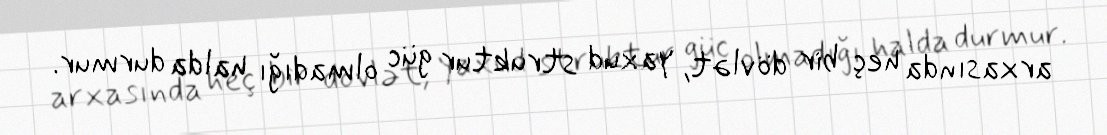
arxasında heç bir dövlət, yaxud struktur güc olmadığı halda durmur.